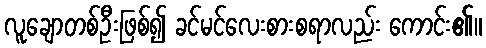
လူချောတစ်ဦးဖြစ်၍ ခင်မင်လေးစားစရာလည်း ကောင်း၏။